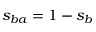
s _ { b a } = 1 - s _ { b }